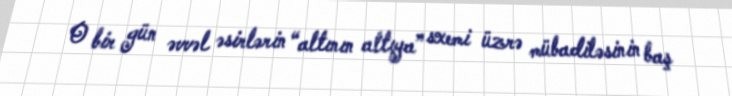
O bir gün əvvəl əsirlərin “altının altıya” sxemi üzrə mübadiləsinin baş